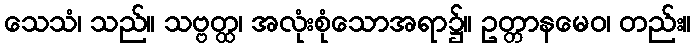
သေသံ၊ သည်။ သဗ္ဗတ္ထ၊ အလုံးစုံသောအရာ၌။ ဥတ္တာနမေဝ၊ တည်း။